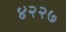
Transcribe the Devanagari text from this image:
४२२७